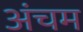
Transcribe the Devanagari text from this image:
अंचम